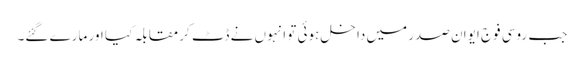
جب روسی فوج ایوان صدر میں داخل ہوئی تو انہوں نے ڈٹ کر مقابلہ کیا اور مارے گئے۔